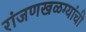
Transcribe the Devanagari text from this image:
रांजणखळग्यांची